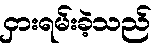
ငှားရမ်းခဲ့သည်